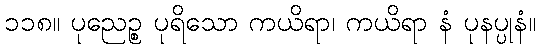
၁၁၈။ ပုညေဉ္စ ပုရိသော ကယိရာ၊ ကယိရာ နံ ပုနပ္ပုနံ။